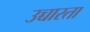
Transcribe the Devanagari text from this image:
उच्चारता